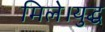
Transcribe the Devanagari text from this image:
मिले।युद्ध